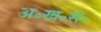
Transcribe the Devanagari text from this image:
अ॰ख॰स॰